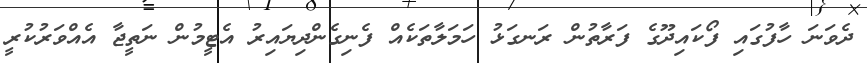
ދެވަނަ ހާފުގައި ފޯކައިދޫގެ ފަރާތުން ރަނގަޅު ހަމަލާތަކެއް ފެނިގެންދިޔައިރު އެޓީމުން ނަތީޖާ އެއްވަރުކުރީ